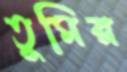
তুমির